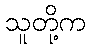
သူတို့က